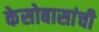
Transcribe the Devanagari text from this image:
केसोबासांची